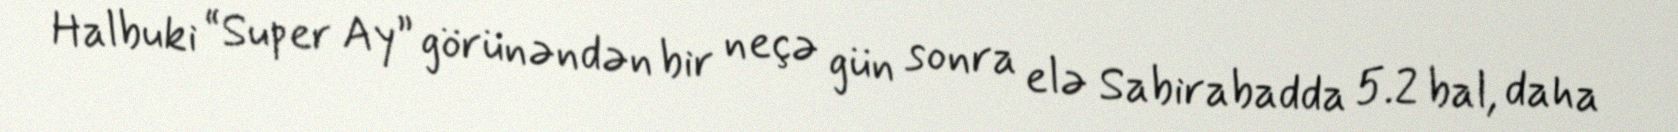
Halbuki “Super Ay” görünəndən bir neçə gün sonra elə Sabirabadda 5.2 bal, daha